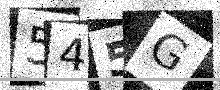
Text: 545G